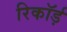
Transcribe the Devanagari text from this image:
रिकॉर्ड़